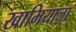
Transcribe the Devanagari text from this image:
खामियाज़ा